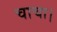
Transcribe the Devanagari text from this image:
चाचा।